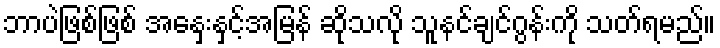
ဘာပဲဖြစ်ဖြစ် အနှေးနှင့်အမြန် ဆိုသလို သူနင်ချင်ဂွန်းကို သတ်ရမည်။